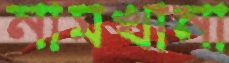
নামখানা